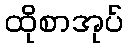
ထိုစာအုပ်